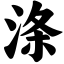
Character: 涤